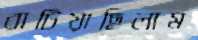
বাটিয়াছিলাম